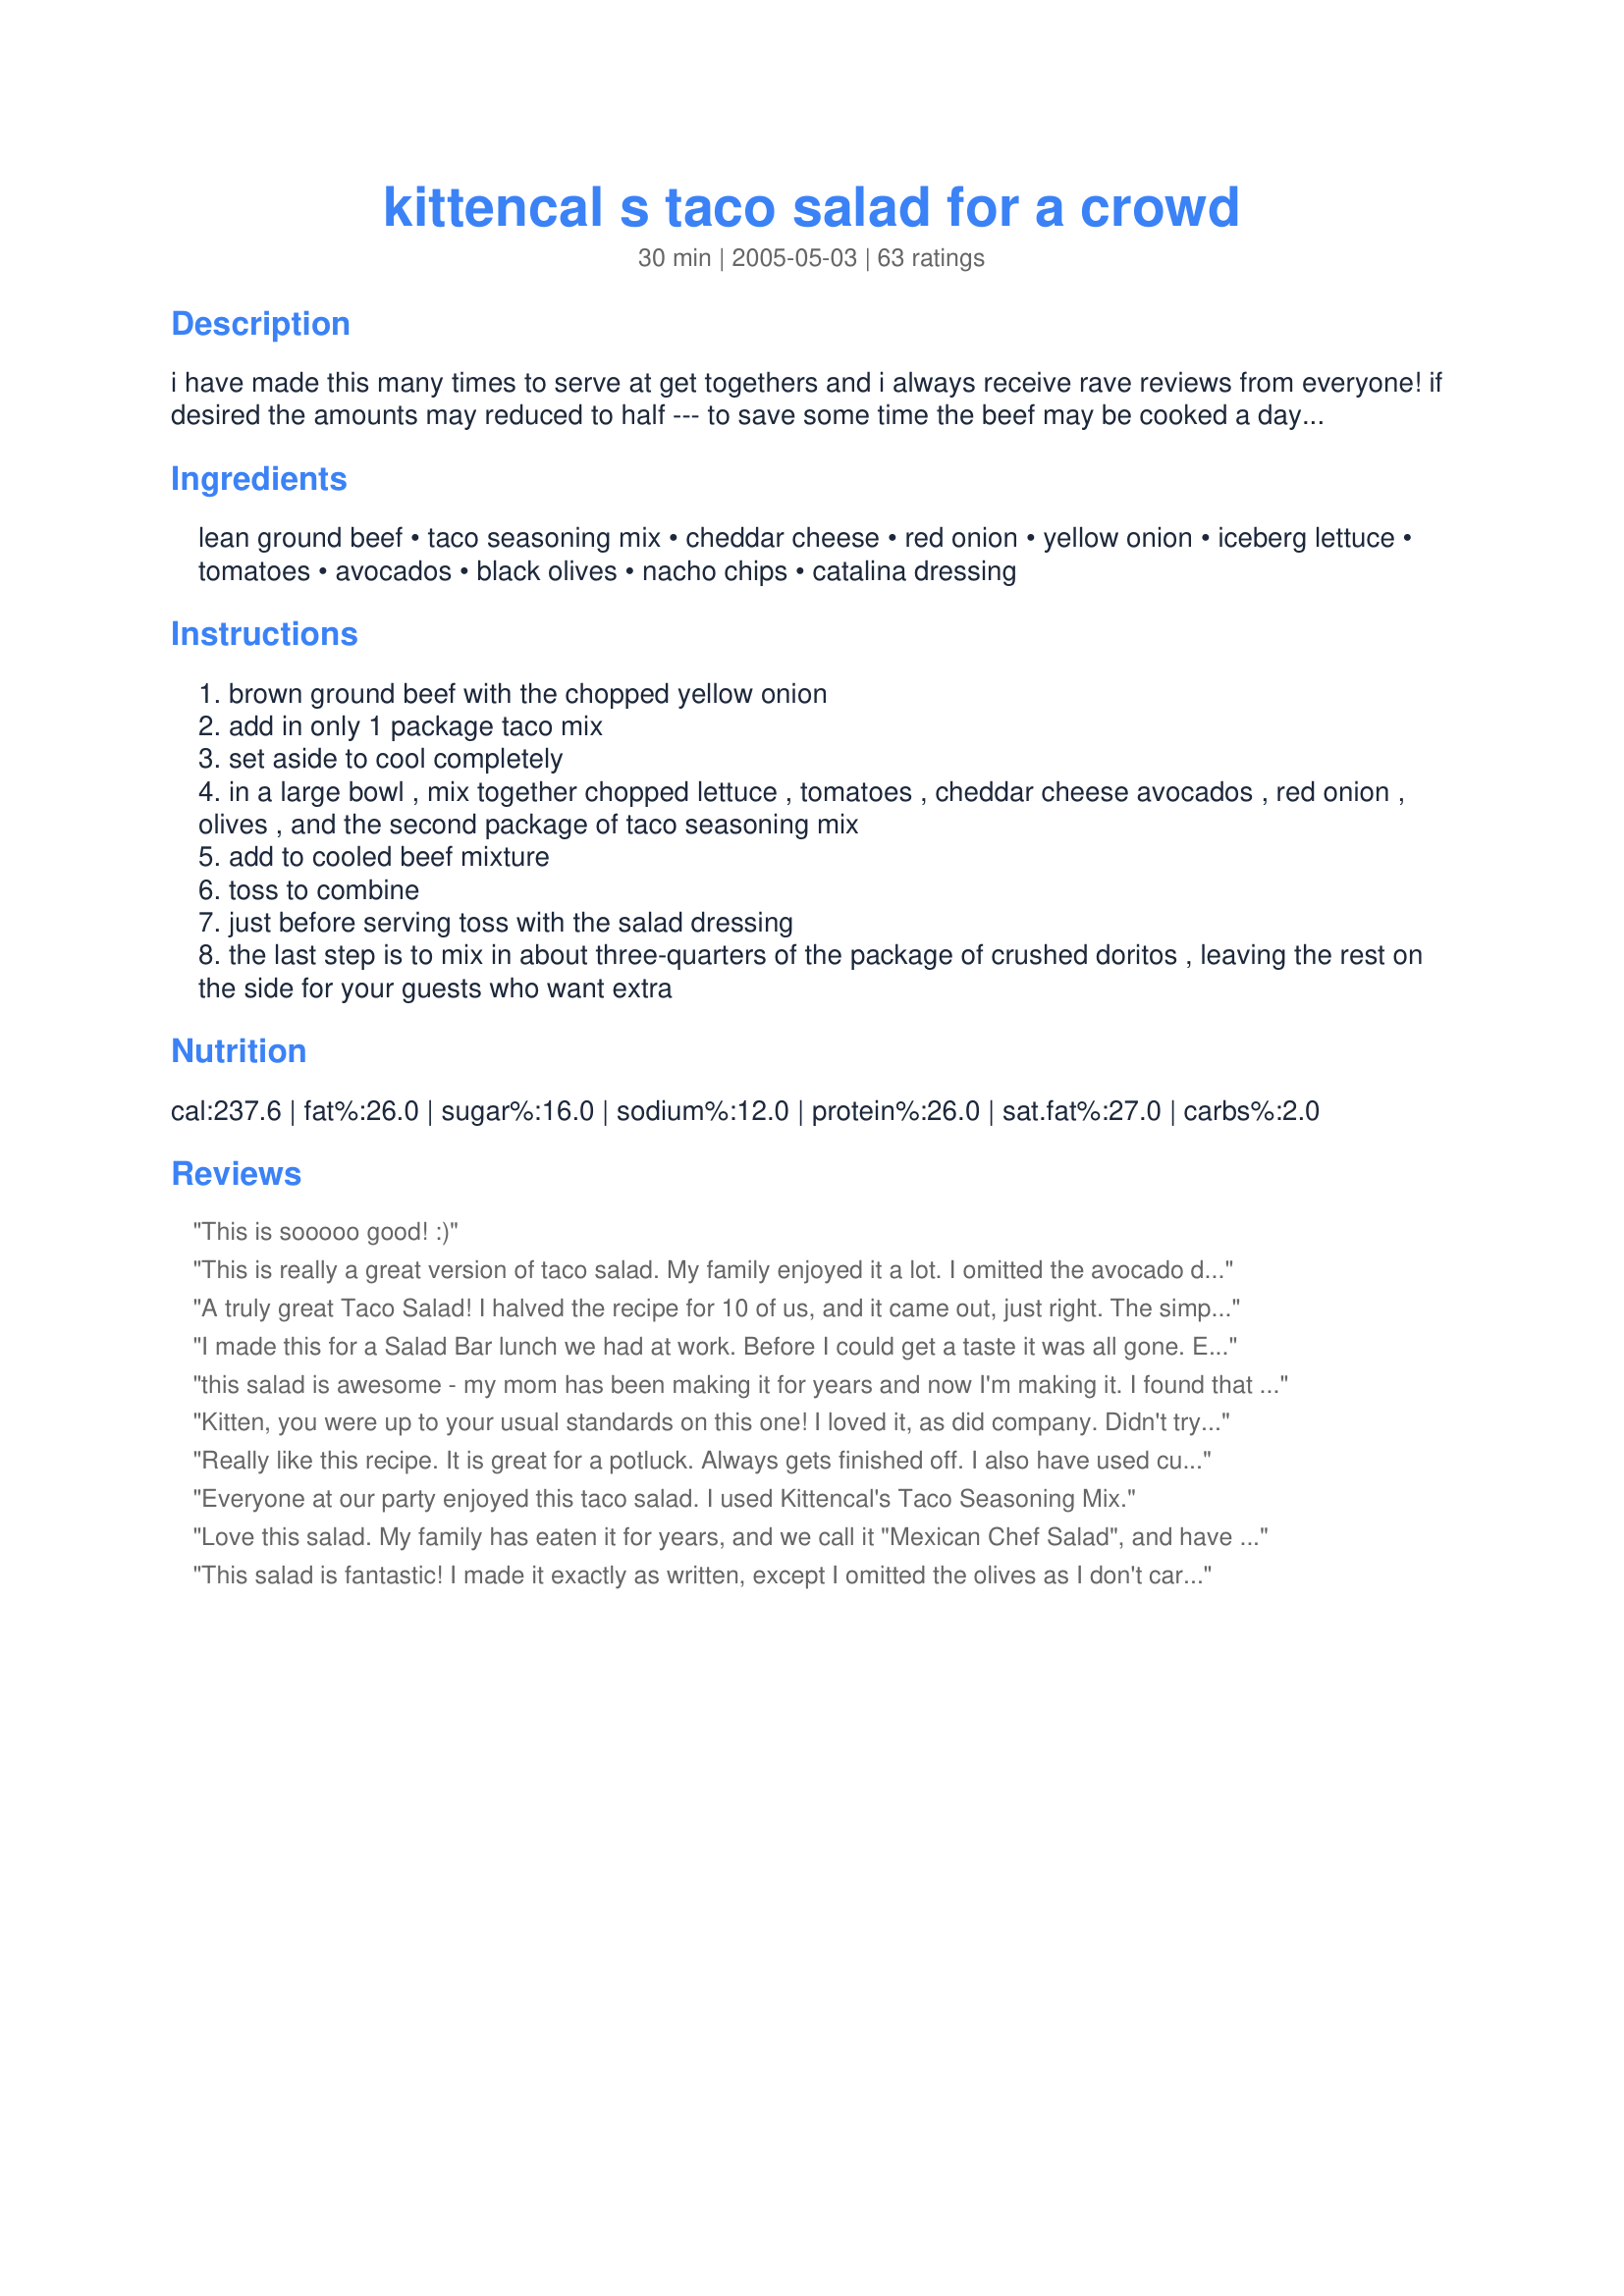
kittencal s taco salad for a crowd
Preparation time: 30 minutes

i have made this many times to serve at get togethers and i always receive rave reviews from everyone! if desired the amounts may reduced to half --- to save some time the beef may be cooked a day ahead, and refrigerated overnight as it must be cooled completely before adding the ingredients in with it, you may want to purchase two bags of nacho chips and use one to serve on the side --- when cooking the ground beef, i always try to leave it into larger size chunks, it looks better in the salad, really you may use any size bag of nachos that you like, the 12 cups size is only estimated, you can add any amount desired in with the ground beef/salad mixture, just make sure to add them just before serving as they tend to get soggy --- see my recipe#76616 -- i sometimes add in a can of drained and rinsed black beans :)

Ingredients:
lean ground beef, taco seasoning mix, cheddar cheese, red onion, yellow onion, iceberg lettuce, tomatoes, avocados, black olives, nacho chips, catalina dressing

Steps:
brown ground beef with the chopped yellow onion
add in only 1 package taco mix
set aside to cool completely
in a large bowl , mix together chopped lettuce , tomatoes , cheddar cheese avocados , red onion , olives , and the second package of taco seasoning mix
add to cooled beef mixture
toss to combine
just before serving toss with the salad dressing
the last step is to mix in about three-quarters of the package of crushed doritos , leaving the rest on the side for your guests who want extra

Reviews:
This is sooooo good! :)
This is really a great version of taco salad. My family enjoyed it a lot. I omitted the avocado due to personal preference. Thanks for sharing.
A truly great Taco Salad! I halved the recipe for 10 of us, and it came out, just right. The simple instructions made everything sooo easy. It tasted so good, those that were not part of the family wanted to move in!! Thanks for posting another great recipe, Kittencal.
jim
I made this for a Salad Bar lunch we had at work. Before I could get a taste it was all gone. Everyone asked for the recipe even the men. Next time I'll sample it first. Thank for the great salad
this salad is awesome - my mom has been making it for years and now I'm making it. I found that I didn't like the slightly greasy texture of the cold hamburger, so what I do is substitute kidney beans for the hamburger - very delicious and healthier as well!!
Kitten, you were up to your usual standards on this one! I loved it, as did company. Didn't try it in the restaurant due to the cost of avocados, but did impress friends with it! WOW! Thanks bunches. Oh, and the only change I made was to use Romaine lettuce...just a personal preference.
Really like this recipe. It is great for a potluck. Always gets finished off. I also have used cut up ham instead of hamburger meat when I didn't feel like cooking at all. I also add kidney beans. And I usually use 2 bottles of dressing.
Everyone at our party enjoyed this taco salad. I used Kittencal's Taco Seasoning Mix.
Love this salad. My family has eaten it for years, and we call it "Mexican Chef Salad", and have added a can of drained jalapeno pintos.
This salad is fantastic! I made it exactly as written, except I omitted the olives as I don't care for them, and cut the recipe down to feed 4 people. The Catalina was an excellent addition!
I topped it all with Kitten's Creamy Guacamole #71842 and it worked great together!
Another winner.
Thanks Kitten!
I added 1 can of undrained Bush&#039;s Chili Beans in Mild Sauce to the ground beef when I added the 1st package of taco seasoning. Once the meat mixture was completely cooled I added the chopped red onion, tomato, cheese and the 2nd taco seasoning packet. Stirred it together well and stored in a covered bowl in the fridge. I did not use the black olives or avocado. I needed to transport this, so I put my chopped lettuce in baggie and my crushed Doritos in another one. I assembled the salad in a large bowl at the party. I used 1/2 Catalina salad dressing and 1/2 mild salsa for the dressing. When I served it I set out the Catalina dressing, salsa, sour cream and additional crushed chips for those who wanted them. It went over great! My Aunt told me she usually mixes 2/3 parts salsa to 1/3 part mayonaisse for the dressing when she makes it. I might try that next time for a change. Thanks for the recipe! Loved it!
I made this last night and was quite pleased with the results. Its a nice quick summer dinner. I think I should have added some more spice then whats in the recipee, I like taco salad tangy. As well I could have left the catalina out compleatly, but my husband liked it. I will make this again when I need a quick, late night dinner.
Love Taco Salad and this is a good one. Made for Name that Ingredient.
Yummy! I haven't had a taco salad in ages. This hit the spot! I made half the salad but used 1 package on the beef and then 1/2 with the salad. We didn't add in the tomatoes, avocados, or olives because of dh's aversion to them, but I know it would have been great with them! :) Thank you!
SSSSOOOO good!! This came together so quickly and totally satisfied us. Scaled this down just for the 2 of us. I forgot to buy the doritos, so we had to leave those out. I also added a can of black beans to the salad. I think this needs to be a weekly meal since its so quick and so good!!
I have made this before as well I use Fritos instead of tortilla.
You were right! Everyone loved this salad at the luncheon I had! I tweaked it a bit - used grilled chicken instead of beef and served guacamole on the side instead of putting avocado in. I also added two cans of black beans and two cans of Mexicorn. It was awesome and everyone wanted the recipe. Thanks for making a lot of people very happy!
I only made two servings but how wonderful. Served with Recipe #241296 as the dressing. Will make again soon as it was sooo good.
Delicious. I took this to a super bowl party and everybody loved it! They were all taking home some. Warning - it trully makes a LOT! I used packet taco seasoning but I only had one regular and one hot so I used the hot on the meat and the regular in the salad.
My sister served this at a recent party and it was a huge hit. She did a few things a little different, but the results were outstanding! She added 1 can of black beans to the ground beef and taco seasoning mixture. For the taco seasoning, she used a hot and spicy packaged mix which gave the salad a nice bite. Instead of Doritos, she used regular tortillas. And, to make it lighter, she served light Catalina dressing on the side. My only complaint is that the salad was so good there are no leftovers!
Delicioso... I used less of the onions and much less of the salad dressing. But hey, to each his own! I can't figure out what makes this better than taco salad I used to make, but it really is wonderful. I served this at Book Club with margaritas and every last shred was gone in 30 minutes. Gracias!
Yum! I don't even like french dressing but you made me a convert! The combination of all the flavors was perfect! Thanks a million....
I made this for my bunco group and it was so easy and it had rave reviews. I did add some pinto and kidney beans drained to it.. It was absolutely yummy. I then made it for our teachers luncheon at school and again rave reviews. Thanks Kittencal for another recipe that rocks. 
Kimm
Delicious!!! My husband loved it. Truly a recipe that you can just eyeball the quantity you want to your own preference. Kept them separate and served up individually so all stayed fresh and leftovers were able to be made up like it was just made for the first time. Did place beef in microwave about 20 sec so it was room temperature and not chilled. Daughter Kelly Cant wait to have it again. thank you!!!!!
Excellent salad! I made as directed except I did not add in the avocado or olives due to personal preference. It still was very tasty. Will be making it again, soon!
Very easy to make and very good. I used romaine lettuce instead of iceberg, made a low fat cataline dressing to go with this, omitted olives, and added tortilla chips that I had made rather than doritos. Very flavorful.
Made this for dinner tonight. Halved the recipe. Delicious and nice to make on a hot summer day. Also used with Kittencal's Taco Seasoning Mix. Thanks for sharing!
This was a staple gowing up; sans the avacado (to exensive) and with the addition of kidney beans. my mom always used Thousand Island Dressing and Doritos YUMMY!
I love this salad!! The first time I had it my Mum made it for my Grandmother's 85th birthday party. Yesterday I made it for a pot-luck party for my daughters skating team --- everyone else must have loved it just as much as me --- it was all gone when I went back to get my dish! Only made two minor changes ... didn't add the avocados (my hubby says they taste like green crayons) and I didn't add the black olives but instead added black beans! Will be making this regularly from now on !!!!
I took this to a party and they ate it all! It was great! I'll be adding this one to the keepers!
We made this as written-ish. I didn't want to heat up the kitchen, so I subbed 1 can of black beans for the beef. I was wonderful! I put the beans (drained and rinsed) in a microwave-safe bowl, sprinkled it with the taco seasoning and microwaved it for a minute or so. A wonderful twist on a great salad. Thanks!
Yummmmmmy. I made this to go with sandwiches, but us girls ended up eating mostly the salad. Great flavor. Thanks Kittencal for sharing this with us.
Made about a month ago for company and am just now getting around to reviewing. This was very good and I got lots of compliments. I'm sure I will make again. Thanks Kitten
I like to try different taco salads. This was the first time I have had one that added taco seasoning to the salad ingredients. It was very good. I used your taco seasoning recipe as well. 

Thanks KITTENCAL. 

Bullwinkle.
My family has made Taco Salad like this for years (plus or minus a few of the ingredients) and it is sooo good. We use either Catalina or French and another favorite of mine is to take equal parts of ranch dressing and Pace Picante sauce and mix together well. This makes another fabulous dressing for taco salads. Thanks for sharing.
This salad is just delicious! I have made it for everything from potlucks to barbeques and it is always a huge hit. There is just something about the combination of onions, olives, avocado, crunchy chips and dressing that is irresistible.
I made a vegetarian version with pinto beans instead of beef. I used half the listed amount of taco seasoning and thought it perfect. Thanks for sharing another great one!
I made a half recipe of this for a Mexican Themed dinner party and it was a hit! I've just started to try entertaining friends and family at our house and I found that this was a very low stress main course. I loved that I could do all the prep ahead of time then just toss it together right before we ate. It was a big plus to not have to worry about timing the food to be hot with the arrival of the guests. And we all loved it, even my three-year-old, who ate 2 servings! (a miracle!) I left out the onions and the second packet of taco seasoning with good results. Thanks Kittencal!
*Amazing!* I had defrosted some ground turkey, had to cook it, and knew I could trust Kittencal for something delicious. She did it again! The second time I made it, I tried to ruin it by using TVP (textured vegetable protein, EXTREMELY cheap!) reconstituted using Recipe #118258. At first, I was worried the texture would be too mushy, but it worked once everything was put together; and I used Recipe #76616 to season, which was also amazing. I also used romaine instead of iceberg lettuce for the nutritional value, and one can of diced tomatoes (drained) rather than fresh. Topped it off with Recipe #241296 and WOW! It makes a lot, but that's a really good thing since it is so delicious. I kept the lettuce, chips, and dressing separate from the other ingredients, making individual servings for dinner. That way I am happily eating the leftovers for breakfast, lunch and dinner the next day and they are not soggy (and yes, I am eating them every chance I get!) Thanks yet again, Kittencal!
 Have had this salad before, but now I can make it too! It was so good..... I left the salad dressing on the side, as some prefer ranch dressing around here and used regular tortilla chips instead of doritos, but it was yummy just the same. Next time I will add kidney beans or black beans and I might just leave the meat out! Thanks for the great recipe!
I made this for a family winter party. We have them after the 1st of the year. (Our family has grown so much that we no longer have Christmas parties together because we are all so busy.) This was the hit of the party, a real crowd pleaser. I made as directed. I just kept everyting in separate containers and threw it all together right before we ate. I did leave out the chips, just served them on the side so that nothing got soggy. Kittencal you have done it again! Thanks.
great, cost effective recipe...i used catalina dressing recipe from zaar
Awesome salad Kittencal...not a bit left over from a work party. The only thing different I did was to cut out the 2nd pack of taco seasoning since I had picante sauce on the side for people that wanted a little more zip. This is definately a keeper.
My SIL made this for a bridal shower yesterday and it was VERY good. I'd never had taco salad with cold taco meat and was pleasantly surprised. Thanks for a great recipe!
Made this recently for the family. My husband and I found it very tasty. Thanks!
This is a recipe alot like the one that I make. For some reason, I'm not real big on Doritos, as most people are. So, I use Fritos, and it is very tasty. I also usually make guacamole on the side. Thank you for the recipe kittencal!!
Love,
Becky
This was so great! Made it for a Cinco de Mayo dinner at my moms on Sunday. I cut the recipe down by about 3/4. My sister was complaining about starting her 'diet' - so I used fat free catalina, a little less cheese, and only about a cup of crushed doritos. The flavors worked together so well. Beautiful salad too! Colorful! Going to make it again this Friday for a potluck at work! Thanks! Update: EVERYTIME I make this, people ask me for the recipe. So popluar!
Just FANTASTIC! there are no other words to describe this wonderful salad. I used KITTENCAL's taco recipe#76616 to make this. This is my family's new all time favorite salad. I know I will making this lots. Thank you for one more winner!
This was one of the many salads that I served to over 25 guests at my mother's 85th birthday party - everybody enjoyed it! I followed the directions but I left out the olives. My daughter said the leftovers were even better when she added some chopped jalopenos for additional heat. Thanx for another winner Carol!
Great Salad - easy to make, filling and everyone loved it - especially my kids! This will be a super summer time dinner when life if so hectic. I used jalapeno pinto beans as mentioned in someone's review and that addition was great. The whole catalina dressing thing just seemed wierd to me but it tastes great and wouldn't change that. The only ingredient that I left out was the raw red onion (not much of a raw onion person) and didn't do avacado because I just forgot to put it in. This recipe is a keeper!
This is so yummy ! My family of 4 devours this with none left over ! Used regular tortilla chips, left out the avacado and used almost a full bottle of catalina. Will be on the once a month menu !
Half of this recipe was dinner tonight for 5 kids and 3 adults and we wiped the bowl clean. I was hoping everyone would like it since it made a lot. They definitely did. All the flavors blend together nicely. I will make again. Thanks for posting,
My family always enjoys this taco salad. I just want to thank you for being so generous with your recipes. I know yours are always a great place to start when I'm looking for something. And we LOVE your recipe for Catalina dressing, too!
This is good. Because of dietary restrictions. I had to omit somethings that I would have like to have left in. So do not want to mention as I am sure it is much better with the things I left out. Do not like French Dressing so used zippy italian. Do not feel bad giving it a 4 star as my 5 stars are for exceptional things and there are hardly any of those that I have found just yet.
I gave this 5 stars. My brother makes this a little different but still very good. He does not use onions or avocados though. His ground beef is also warm. He uses french dressing also. Thanks for posting a really good recipe. Christine (internetnut)
I thought that the flavor of the taco salad was good, but needed a little something else. My DH grew up eating taco salad that had a creamier base and he liked that kind better. We really did like the ratio between the meat and lettuce...it was the perfect balance. I am going to make this again but perhaps change the dressing a little.
Yum!!
Well Kittencal, another recipe of yours has been awesome! I made this for my husband's going away party and about 6 different people asked me for the recipe. We all loved it, thank you!!
We used Frito's and Recipe #76616 - Absolutely perfect!
When I made taco's for the boys, I put a part of the meat aside and made this for me and my DH. I used Homemade Taco Seasoning Packet Replacement Recipe #154235 for taco seasoning. I also chose not to put olive in our. They get what they want and me and my DH get what we like. Perfect! I would also make this again for a party for everybody to eat. My type of meal.
There is something about that Catalina dressing that makes for an awesome taco salad. Sounds strange, but it really works! I used crushed Fritos and topped with a bit of fresh salsa as well. Mmmmmm.....My kids can't get enough of this.
Oh kitten this salad was AMAZING!!! We fell in love with it!!!<br/>We don't eat beef so subbed kidney beans and skipped the avocado. <br/>Used your taco seasoning mix and your catalina dressing. <br/>I have already made this so many times in the past few days and have requests for more!<br/>Thanks kitten I know I can always look up to your recipes for the best ones!!! :)
Well... I have to say that this was pretty good... I made 1/3 of this recipe for me and my family one night, and it was delicious!
